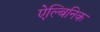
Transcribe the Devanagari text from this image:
ऐल्बिनिक